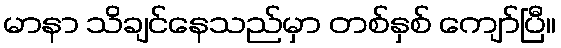
မာနာ သိချင်နေသည်မှာ တစ်နှစ် ကျော်ပြီ။